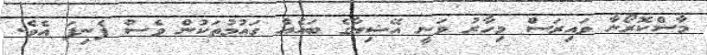
މާސްކޮރޯނާ ވައިރަސް މިހާރު ވަނީ އޭޝިޔާގެ ބައެއް ގަައުމުތަކުން ވެސް ފެނިފަ އެވެ.